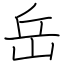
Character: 岳